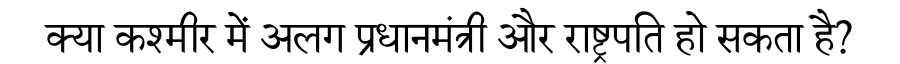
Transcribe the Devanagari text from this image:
क्या कश्मीर में अलग प्रधानमंत्री और राष्ट्रपति हो सकता है?